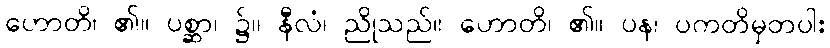
ဟောတိ၊ ၏။ ပစ္ဆာ၊ ၌။ နီလံ၊ ညိုသည်။ ဟောတိ၊ ၏။ ပန၊ ပကတိမှတပါး